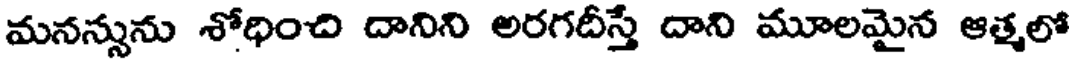
మనన్సును శోధించి దానిని అరగదీస్తే దాని మూలమైన ఆత్మలో